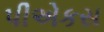
પીએકસ